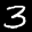
Label: 3